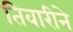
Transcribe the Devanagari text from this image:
तिवारीने